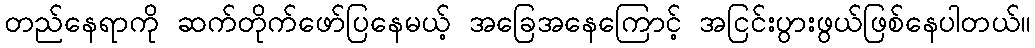
တည်နေရာကို ဆက်တိုက်ဖော်ပြနေမယ့် အခြေအနေကြောင့် အငြင်းပွားဖွယ်ဖြစ်နေပါတယ်။